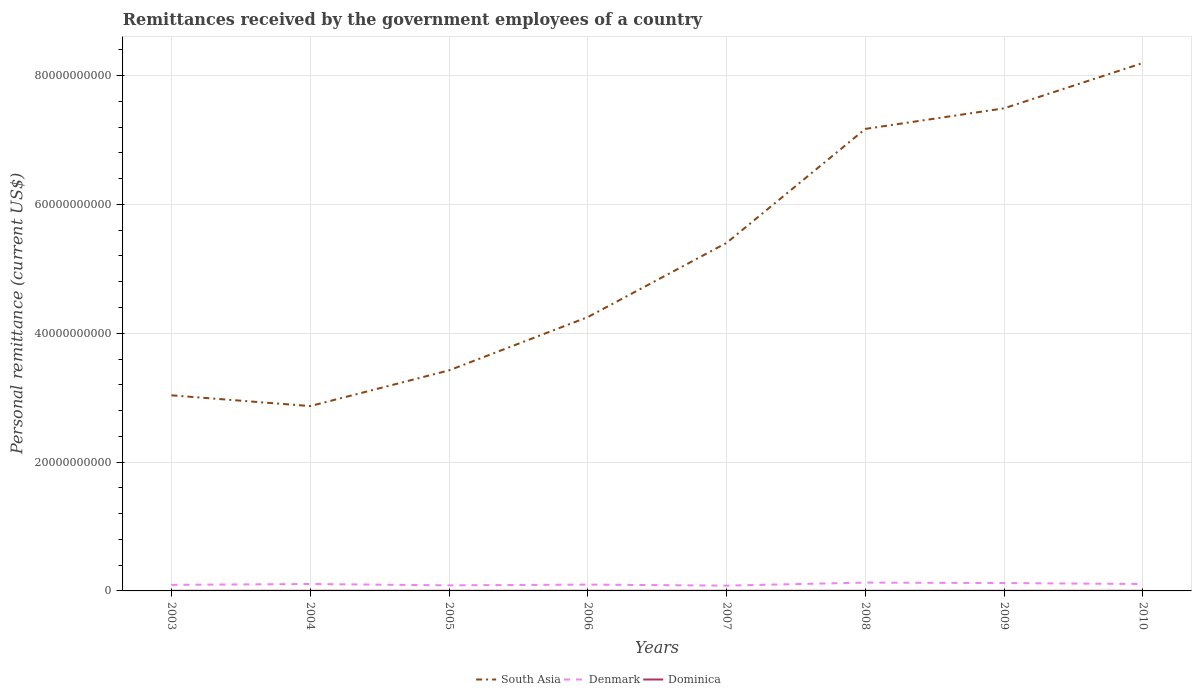
| Years | South Asia | Denmark | Dominica |
 | --- | --- | --- | --- |
 | 2003 | 3.04e+10 | 9.41e+08 | 1.78e+07 |
 | 2004 | 2.87e+10 | 1.08e+09 | 2.32e+07 |
 | 2005 | 3.42e+10 | 8.67e+08 | 2.18e+07 |
 | 2006 | 4.25e+10 | 9.82e+08 | 2.21e+07 |
 | 2007 | 5.4e+10 | 8.23e+08 | 2.25e+07 |
 | 2008 | 7.17e+10 | 1.3e+09 | 2.27e+07 |
 | 2009 | 7.49e+10 | 1.22e+09 | 2.21e+07 |
 | 2010 | 8.2e+10 | 1.08e+09 | 2.29e+07 |